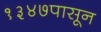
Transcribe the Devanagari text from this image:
१३४७पासून